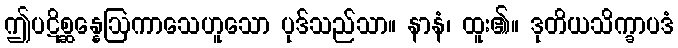
ဤပဋိစ္ဆန္နေဩကာသေဟူသော ပုဒ်သည်သာ။ နာနံ၊ ထူး၏။ ဒုတိယသိက္ခာပဒံ